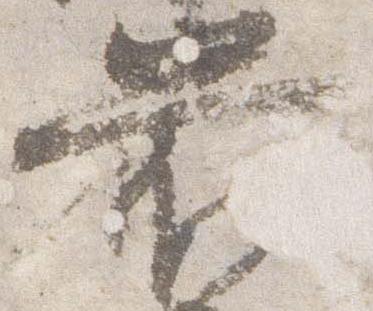
前